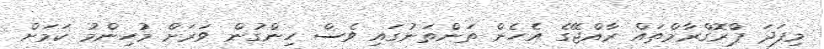
މިފަދަ ޕްރޮގްރާމްތައް ރާއްޖޭގެ އެހެން ތަންތަނުގައި ވެސް ހިންގުން ވަރަށް މުހިންމު ކަމަށް